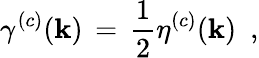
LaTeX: \gamma^{(c)}({\mathbf k})\, =\, \frac{1}{2}\eta^{(c)}({\mathbf k})\, \, \, ,